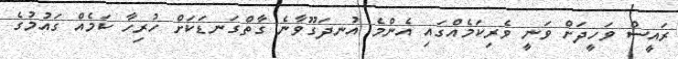
ރައީސް ވަހީދަށް ވަނީ ވެރިކަމެއްގައި އެންމެ އުނދަގޫވާނެ ގާތްގަނޑަކަށް ހުރިހާ ކަމެއް ގައުމުގެ